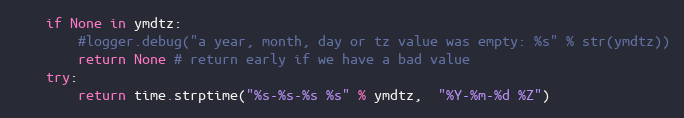
Language: Python
    if None in ymdtz:
        #logger.debug("a year, month, day or tz value was empty: %s" % str(ymdtz))
        return None # return early if we have a bad value
    try:
        return time.strptime("%s-%s-%s %s" % ymdtz,  "%Y-%m-%d %Z")